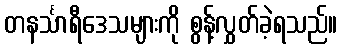
တနင်္သာရီဒေသများကို စွန့်လွှတ်ခဲ့ရသည်။